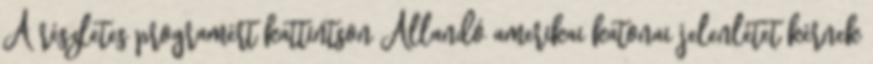
A részletes programért kattintson Állandó amerikai katonai jelenlétet kérnek